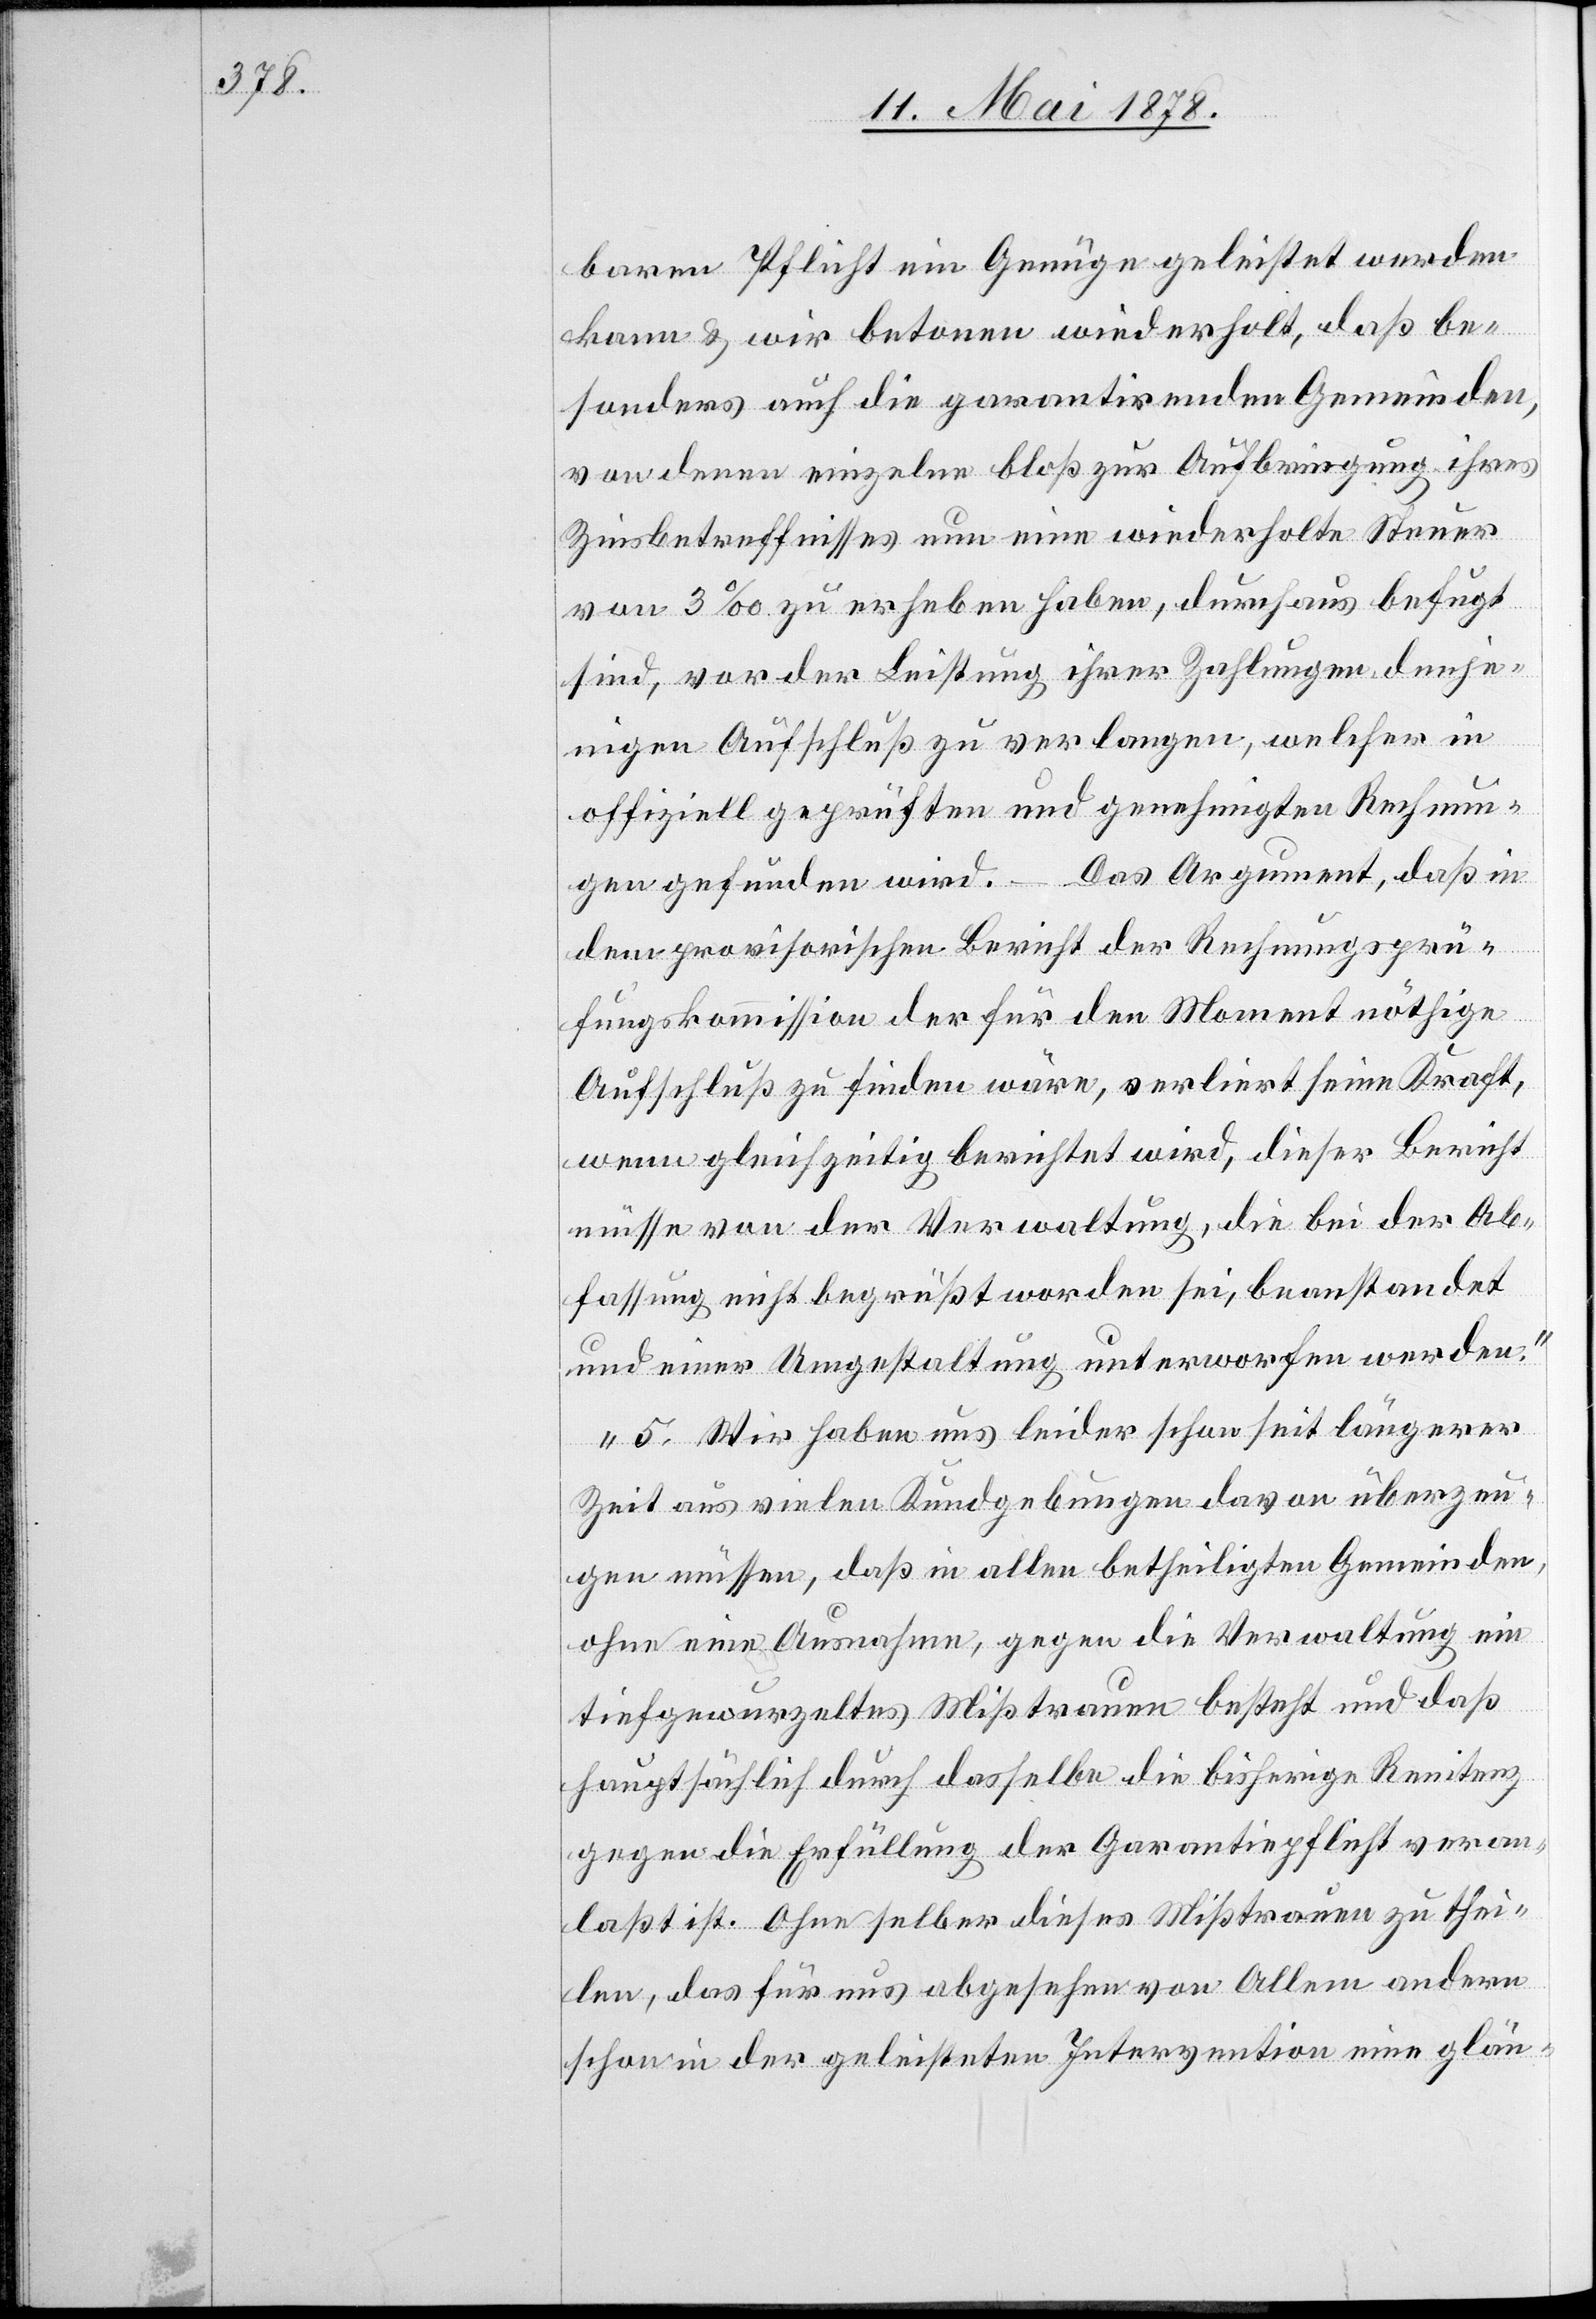
baren Pflicht ein Genüge geleistet werden
kann & wir betonen wiederholt, daß be¬
sonders auch die garantirenden Gemeinden,
von denen einzelne bloß zur Aufbringung ihres
Zinsbetreffnisses nun eine wiederholte Steuer
von 3‰ zu erheben haben, durchaus befugt
sind, vor der Leistung ihrer Zahlungen denje¬
nigen Aufschluß zu verlangen, welcher in
offiziell geprüften und genehmigten Rechnun¬
gen gefunden wird. – Das Argument, daß in
dem provisorischen Bericht der Rechnungsprü¬
fungskommission der für den Moment nöthige
Aufschluß zu finden wäre, verliert seine Kraft,
wenn gleichzeitig berichtet wird, dieser Bericht
müsse von der Verwaltung, die bei der Ab¬
fassung nicht begrüßt worden sei, beanstandet
und einer Umgestaltung unterworfen werden.“
„5. Wir haben uns leider schon seit längerer
Zeit aus vielen Kundgebungen davon überzeu¬
gen müssen, daß in allen betheiligten Gemeinden,
ohne eine Ausnahme, gegen die Verwaltung ein
tiefgewurzeltes Mißtrauen besteht und daß
hauptsächlich durch dasselbe die bisherige Renitenz
gegen die Erfüllung der Garantiepflicht veran¬
laßt ist. Ohne selber dieses Misstrauen zu thei¬
len, das für uns abgesehen von Allem andern
schon in der geleisteten Intervention eine glän-